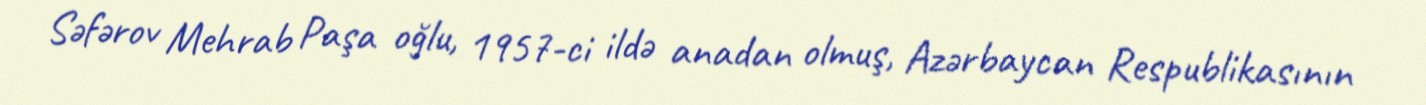
Səfərov Mehrab Paşa oğlu, 1957-ci ildə anadan olmuş, Azərbaycan Respublikasının